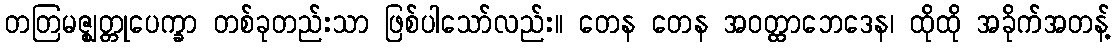
တတြမဇ္ဈတ္တုပေက္ခာ တစ်ခုတည်းသာ ဖြစ်ပါသော်လည်း။ တေန တေန အဝတ္ထာဘေဒေန၊ ထိုထို အခိုက်အတန့်